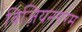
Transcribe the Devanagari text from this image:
विज़ियनगरम